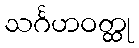
သင်္ဂဟဝတ္ထု